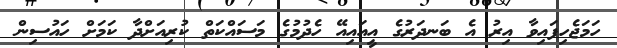
ހަމަޖެހިފައިވާ އިރު އެ ބަނދަރުގެ އީއައިއޭ ހެދުމުގެ މަސައްކަތް ކުރިއަށްދާ ކަމަށް ހައުސިން